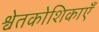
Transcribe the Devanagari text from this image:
श्वेतकोशिकाएँ